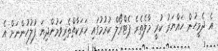
އެ ދެމީހުން ހައްޔަރު ކުރީ މާލެތެރެ ޕެޓްރޯލް ކުރުމުގައި ހަރަކާތްތެރިވަމުންދިޔަ ފުލުހުންނަށް އެ